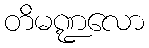
တိမဏ္ဍလော